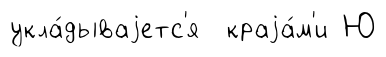
укла́дываjетс'я краjа́м'и Ю